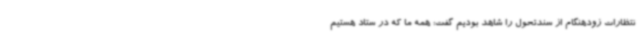
نتظارات زودهنگام از سندتحول را شاهد بودیم گفت: همه ما که در ستاد هستیم